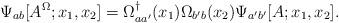
LaTeX: \begin{align*}\Psi_{ab} [A^\Omega;x_1,x_2]=\Omega ^{\dagger}_{aa'}(x_1)\Omega_{b'b}(x_2)\Psi_{a'b'} [A;x_1,x_2].\end{align*}